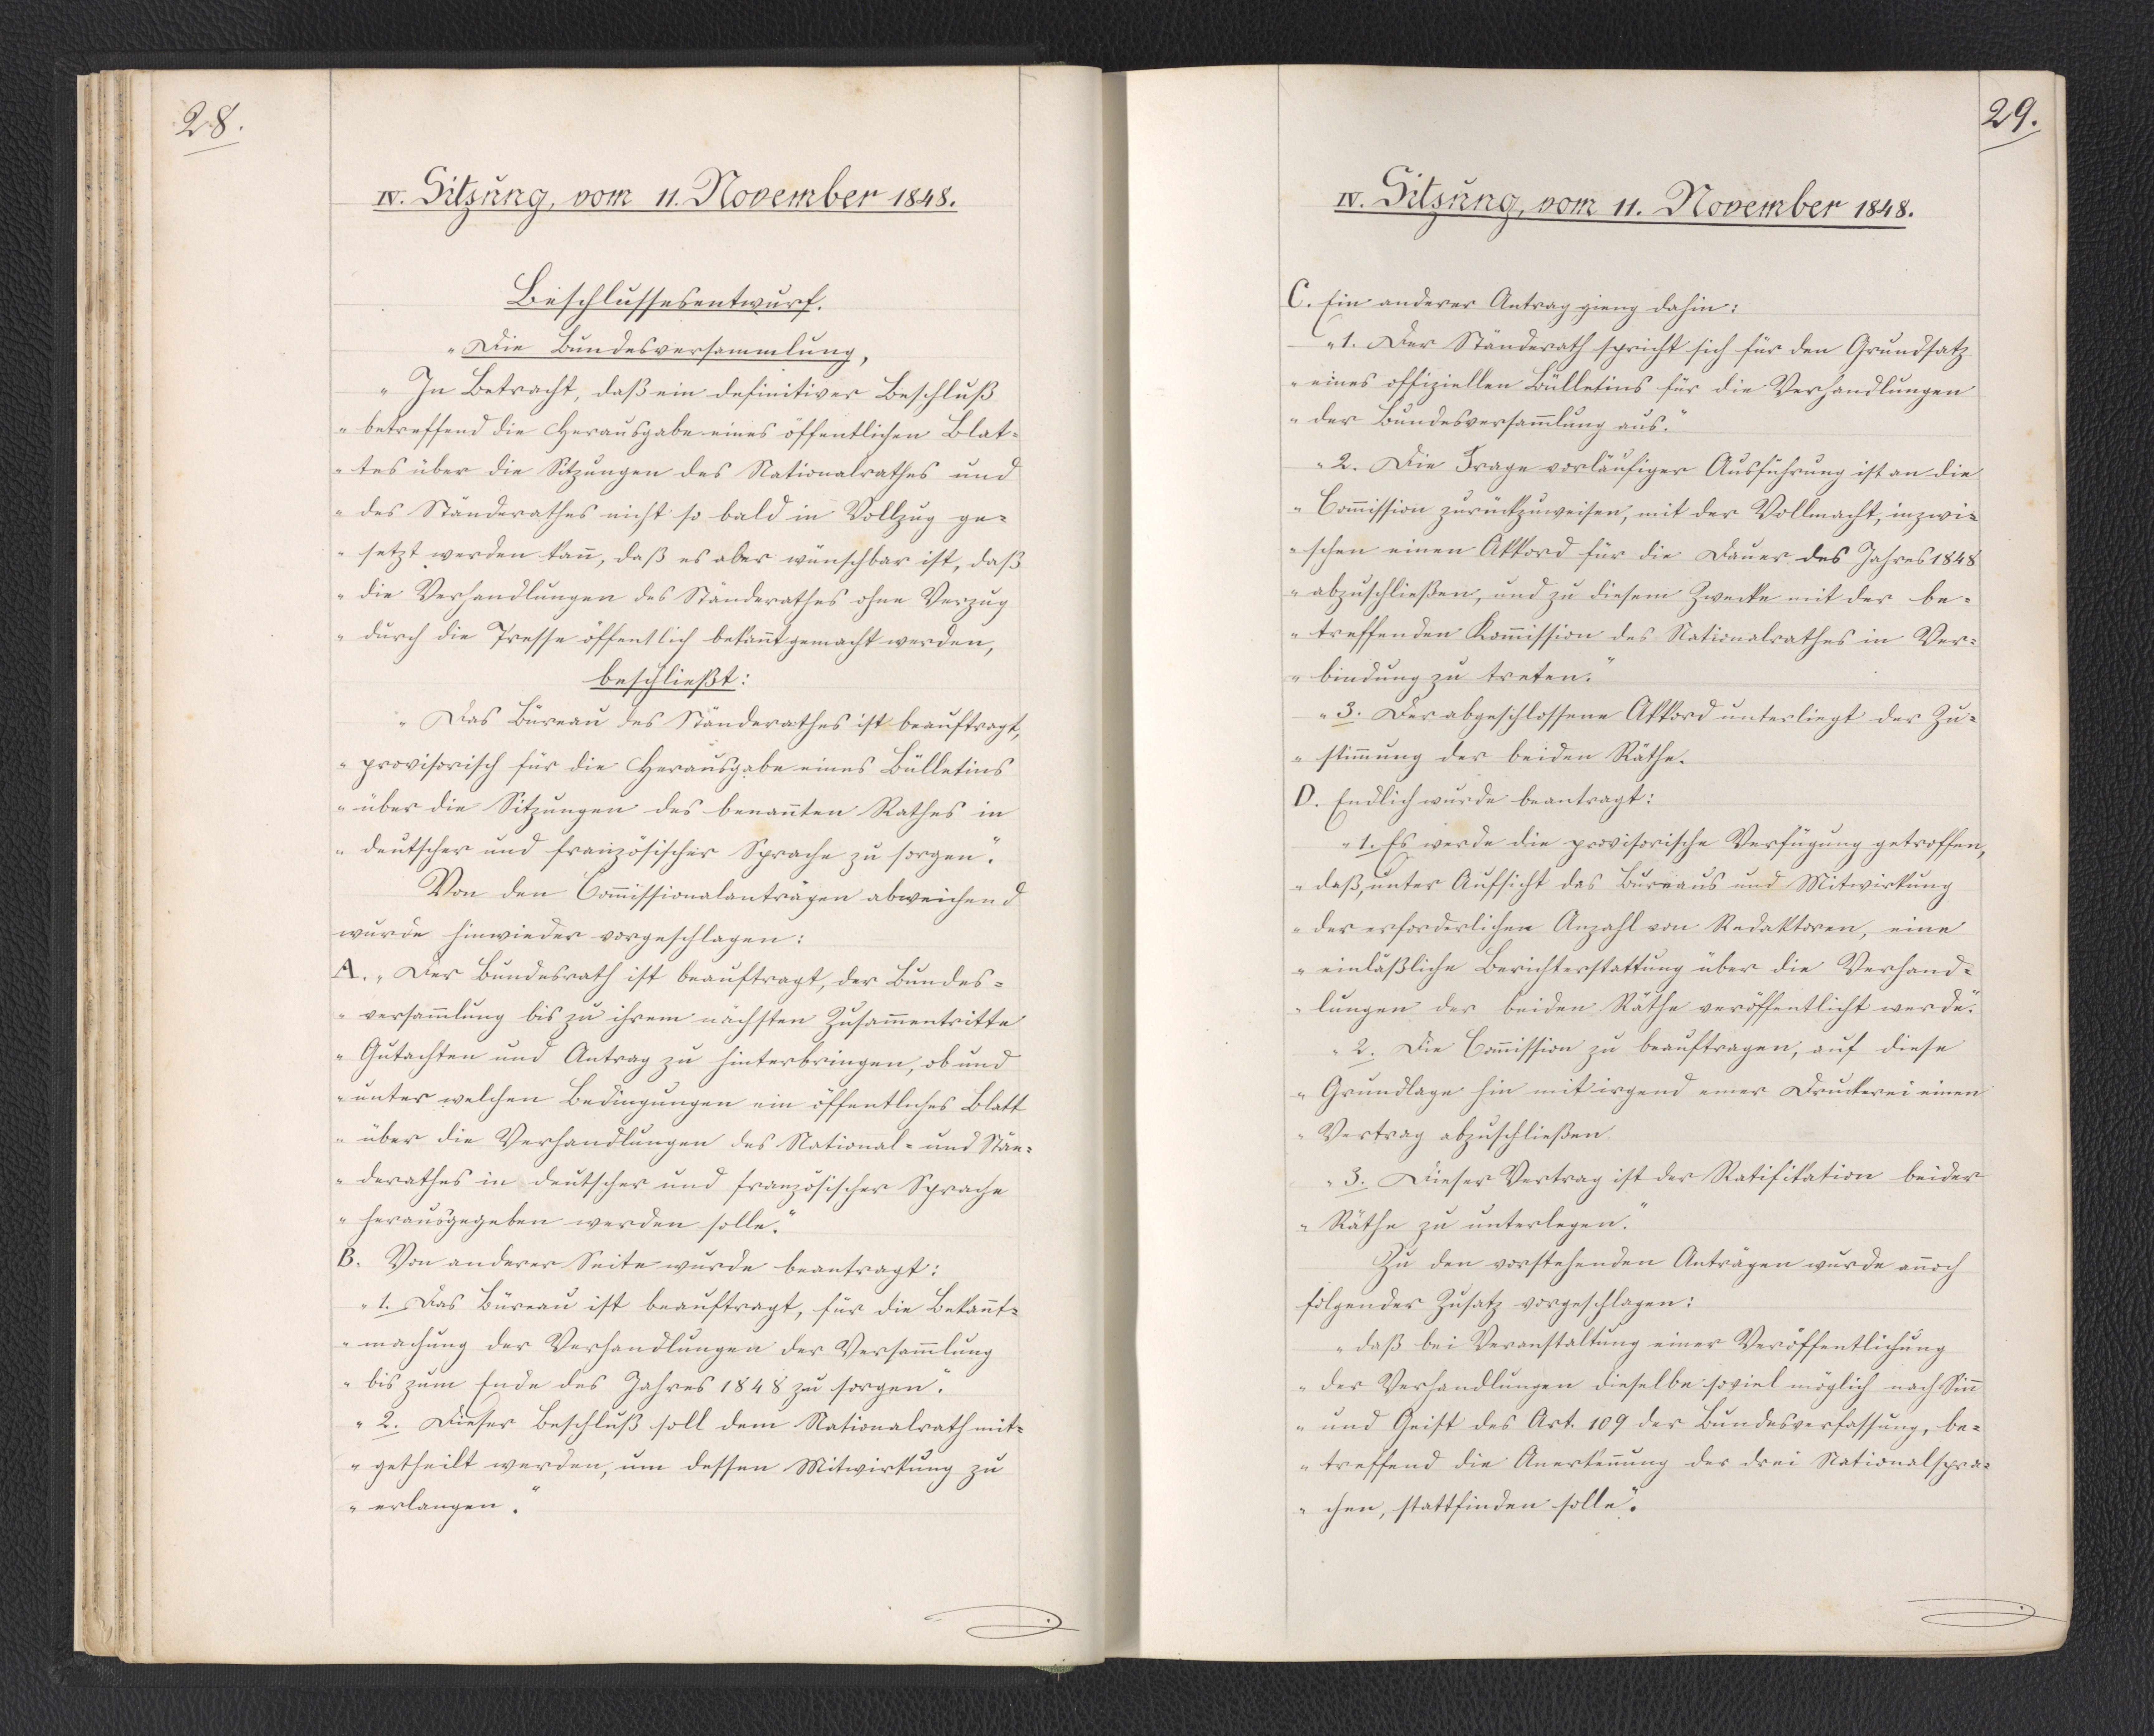
28.

IV. Sitzung, vom 11. November 1848.

Beschlussesentwurf.
"Die Bundesversammlung,
In Betracht, daß ein definitiver Beschluß
betreffend die Herausgabe eines öffentlichen Blat¬
tes über die Sitzungen des Nationalrathes und
des Ständerathes nicht so bald in Vollzug ge¬
setzt werden kann, daß es aber wünschbar ist, daß
die Verhandlungen des Ständerathes ohne Verzug
durch die Presse öffentlich bekannt gemacht werden,
beschließt:
Das Büreau des Ständerathes ist beauftragt,
provisorisch für die Herausgabe eines Bülletins
über die Sitzungen des benannten Rathes in
deutscher und französischer Sprache zu sorgen."
Von den Commissionalanträgen abweichend
wurde hinwieder vorgeschlagen:
A. "Der Bundesrath ist beauftragt, der Bundes¬
versammlung bis zu ihrem nächsten Zusammentritte
Gutachten und Antrag zu hinterbringen, ob und
unter welchen Bedingungen ein öffentliches Blatt
über die Verhandlungen des National- und Stän¬
derathes in deutscher und französischer Sprache
herausgegeben werden solle."
B. Von anderer Seite wurde beantragt:
"1. Das Büreau ist beauftragt, für die Bekannt¬
machung der Verhandlungen der Versammlung
bis zum Ende des Jahres 1848 zu sorgen.
2. Dieser Beschluß soll dem Nationalrath mit¬
getheilt werden, um dessen Mitwirkung zu
erlangen."

29.

IV. Sitzung, vom 11. November 1848.

C. Ein anderer Antrag gieng dahin:
"1. Der Ständerath spricht sich für den Grundsatz
eines offiziellen Bülletins für die Verhandlungen
der Bundesversammlung aus.
2. Die Frage vorläufiger Ausführung ist an die
Commission zurückzuweisen, mit der Vollmacht, inzwi¬
schen einen Akkord für die Dauer des Jahres 1848
abzuschließen, und zu diesem Zwecke mit der be¬
treffenden Kommission des Nationalrathes in Ver¬
bindung zu treten.
3. Der abgeschlossene Akkord unterliegt der Zu¬
stimmung der beiden Räthe."
D. Endlich wurde beantragt:
"1. Es werde die provisorische Verfügung getroffen,
daß, unter Aufsicht des Bureaus und Mitwirkung
der erforderlichen Anzahl von Redaktoren, eine
einläßliche Berichterstattung über die Verhand¬
lungen der beiden Räthe veröffentlicht werde.
2. Die Commission zu beauftragen, auf diese
Grundlage hin mit irgend einer Druckerei einen
Vertrag abzuschließen.
3. Dieser Vertrag ist der Ratifikation beider
Räthe zu unterlegen."
Zu den vorstehenden Anträgen wurde annoch
folgender Zusatz vorgeschlagen:
"daß bei Veranstaltung einer Veröffentlichung,
der Verhandlungen dieselbe soviel möglich nach Sinn
und Geist des Art. 109 der Bundesverfassung, be¬
treffend die Anerkennung der drei Nationalspra¬
chen, stattfinden solle."